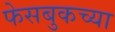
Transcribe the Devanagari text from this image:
फेसबुकच्या